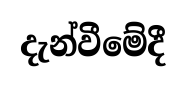
දැන්වීමේදී